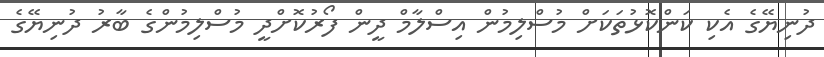
ދުނިޔޭގެ އެކި ކަންކޮޅުތަކަށް މުސްލިމުން އިސްލާމް ދީން ފޯރުކޮށްދީ މުސްލިމުންގެ ބާރު ދުނިޔޭގެ